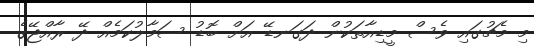
މި މެޗުގައި ވެސް މީޑިއާތަކުން ދަގަނޑޭ އަށް ބޮޑު ސަމާލުކަމެއް ދޭ ރާއްޖޭގެ